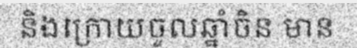
និងក្រោយចូលឆ្នាំចិន មាន